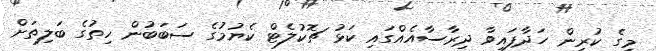
މީގެ ކުރިން ހަދާފައިވާ ދިރާސާއެއްގައި ކަޅު ޗޮކުލެޓް ކެޔުމުގެ ސަބަބުން ހިތުގެ ބަލިތަށް